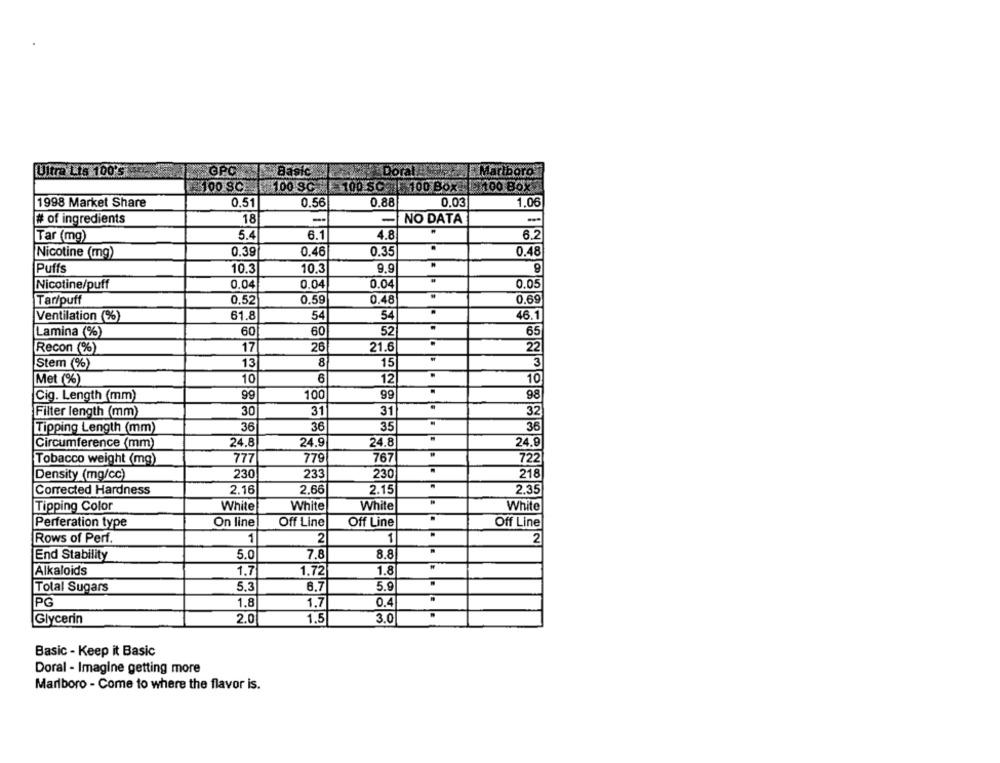
Ultra Lis 100'S
GPC
Basic
E Marlboro
100 SC
100 SC
100 SC |100 BOX
100 Bo
1998 Market Share
0.51
0.56
0.88
0.03
1.06
# of ingredients
18
--
-
NO DATA
-
Tar (mg)
5.4
6.1
4.8
6.2
0.39
0.46
0.35
0.48
Nicotine (mg)
Puffs
10.3
10.3
9,9
Nicotine/puff
0.04
0.04
0.04
0.05
Tar/puff
0,52
0.59
0.48
0.69
Ventilation (%)
61.8
54
54
46.1
Lamina (%)
60
60
52
65
Recon (%)
17
26
21.6
22
Stem (%)
13
8
15
3
Met (%)
10
6
12
10
Cig. Length (mm)
99
100
99
98
30
31
31
32
Filter length (mm)
36
36
35
36
Tipping Length (mm)
Circumference (mm)
24.8
24.9
24.8
24.9
777
779
767
Tobacco weight (mg)
722
230
233
230
218
Density (mg/cc)
Corrected Hardness
2.16
2.66
2.15
2.35
Tipping Color
White
White
White
White
Perferation type
On line
Off Line
Off Line
Off Line
Rows of Perf.
1
2
1
2
End Stability
5.0
7.8
8.8
Alkaloids
1.7
1.72
1.8
Total Sugars
5.3
6,7
5.9
PG
1.8
1.7
0.4
1.5
3.0
Glycerin
2.0
Basic - Keep it Basic
Doral - Imagine getting more
Marlboro - Come to where the flavor is.